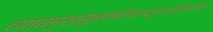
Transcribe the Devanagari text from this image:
व्याघ्रमुखसुह्मकर्वटचान्द्रपुराःषूर्पकर्णाष्च।